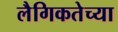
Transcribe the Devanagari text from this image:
लैगिकतेच्या